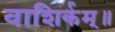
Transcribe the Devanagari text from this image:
वाशिर्कम्॥